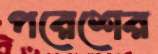
পরেশের